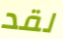
لقد